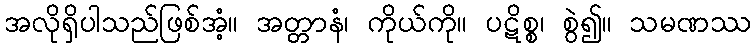
အလိုရှိပါသည်ဖြစ်အံ့။ အတ္တာနံ၊ ကိုယ်ကို။ ပဋိစ္စ၊ စွဲ၍။ သမဏဿ